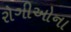
રોગીઓના